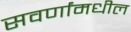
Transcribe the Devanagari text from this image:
सवर्णांमधील